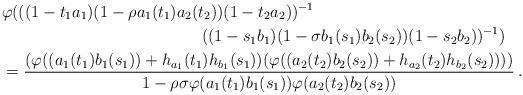
LaTeX: \begin{align*}&\varphi(((1-t_1a_1)(1-\rho a_1(t_1)a_2(t_2))(1-t_2a_2))^{-1} \\&\hskip 2 in ((1-s_1b_1)(1-\sigma b_1(s_1)b_2(s_2))(1-s_2b_2))^{-1}) \\&= \frac {(\varphi((a_1(t_1)b_1(s_1)) + h_{a_1}(t_1)h_{b_1}(s_1))(\varphi((a_2(t_2)b_2(s_2)) + h_{a_2}(t_2)h_{b_2}(s_2))))}{1-\rho\sigma\varphi(a_1(t_1)b_1(s_1))\varphi(a_2(t_2)b_2(s_2))}\,.\end{align*}